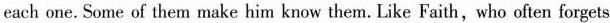
each one.Some of them make him know them.Like Faith,who often forgets